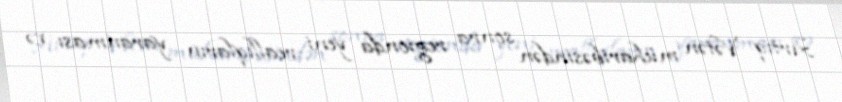
Artıq Vətən müharibəsindən sonra regionda yeni reallıqların yaranması və